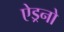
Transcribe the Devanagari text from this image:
ऐड्रनो